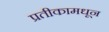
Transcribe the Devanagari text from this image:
प्रतीकामधून